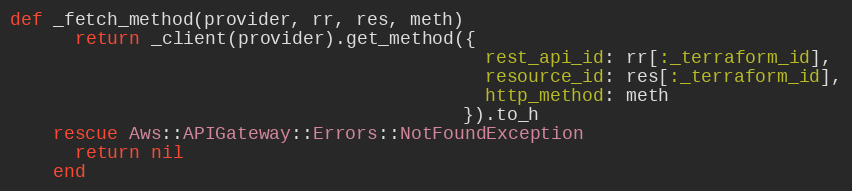
Language: Ruby
def _fetch_method(provider, rr, res, meth)
      return _client(provider).get_method({
                                            rest_api_id: rr[:_terraform_id],
                                            resource_id: res[:_terraform_id],
                                            http_method: meth
                                          }).to_h
    rescue Aws::APIGateway::Errors::NotFoundException
      return nil
    end